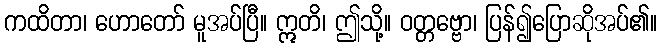
ကထိတာ၊ ဟောတော် မူအပ်ပြီ။ ဣတိ၊ ဤသို့။ ဝတ္တဗ္ဗော၊ ပြန်၍ပြောဆိုအပ်၏။